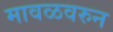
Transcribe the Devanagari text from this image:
मावळवरुन